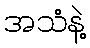
အသံနဲ့